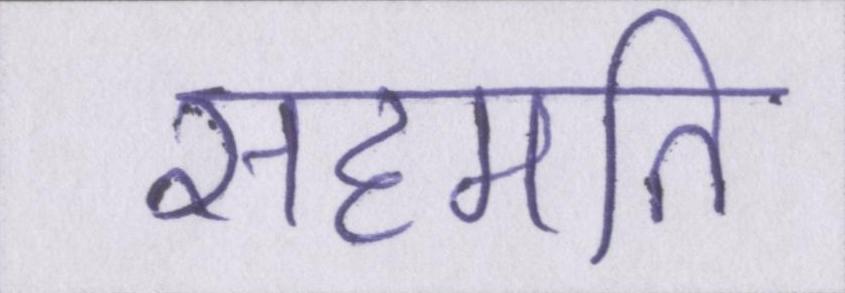
सहमति